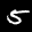
Label: 5